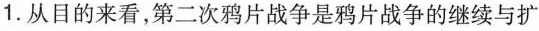
1.从目的来看，第二次鸦片战争是鸦片战争的继续与扩